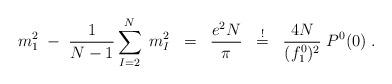
LaTeX: \begin{align*}m_1^2 \; - \;\frac{1}{N-1} \sum_{I=2}^N \;m^2_I \; \; = \; \; \frac{e^2 N}{\pi} \; \;\stackrel{!}{=} \; \;\frac{4N}{(f^0_1)^2} \; P^0(0) \; .\end{align*}